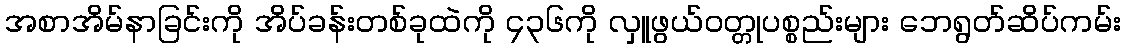
အစာအိမ်နာခြင်းကို အိပ်ခန်းတစ်ခုထဲကို ၄၃၆ကို လှူဖွယ်ဝတ္တုပစ္စည်းများ ဘေရွတ်ဆိပ်ကမ်း